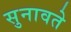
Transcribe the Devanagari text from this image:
सुनावते